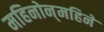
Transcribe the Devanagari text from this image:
महिनोन्‌महिने